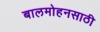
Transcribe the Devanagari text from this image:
बालमोहनसाठी